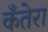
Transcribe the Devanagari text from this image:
कँतेरा